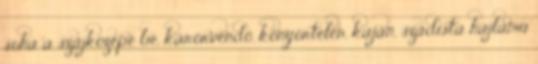
soha a szájközepe be, kárörvendő, könyörtelen, kaján, szadista hajlamú